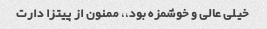
خیلی عالی و خوشمزه بود،، ممنون از پیتزا دارت